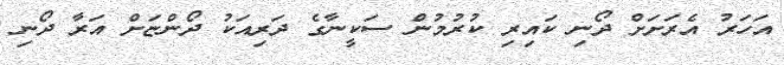
އަހަރު އެރަށަށް ދޯނި ކައިރި ކުރުމުން ސަކީނާގެ ދަރިއަކު ދޯންޏަށް އަރާ ދޯނި